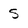
Character: s